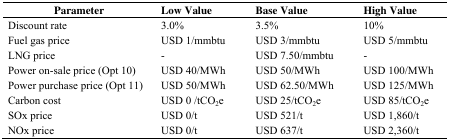
<table><thead><tr><td><b>Parameter</b></td><td><b>Low Value</b></td><td><b>Base Value</b></td><td><b>High Value</b></td></tr></thead><tbody><tr><td>Discount rate</td><td>3.0%</td><td>3.5%</td><td>10%</td></tr><tr><td>Fuel gas price</td><td>USD 1/mmbtu</td><td>USD 3/mmbtu</td><td>USD 5/mmbtu</td></tr><tr><td>LNG price</td><td>-</td><td>USD 7.50/mmbtu</td><td>-</td></tr><tr><td>Power on-sale price (Opt 10)</td><td>USD 40/MWh</td><td>USD 50/MWh</td><td>USD 100/MWh</td></tr><tr><td>Power purchase price (Opt 11)</td><td>USD 50/MWh</td><td>USD 62.50/MWh</td><td>USD 125/MWh</td></tr><tr><td>Carbon cost</td><td>USD 0 /tCO<sub>2</sub>e</td><td>USD 25/tCO<sub>2</sub>e</td><td>USD 85/tCO<sub>2</sub>e</td></tr><tr><td>SOx price</td><td>USD 0/t</td><td>USD 521/t</td><td>USD 1,860/t</td></tr><tr><td>NOx price</td><td>USD 0/t</td><td>USD 637/t</td><td>USD 2,360/t</td></tr></tbody></table>